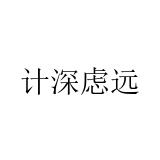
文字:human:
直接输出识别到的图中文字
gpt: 计深虑远